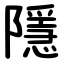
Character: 隱